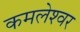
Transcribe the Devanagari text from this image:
कमलेश्‍वर